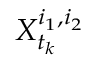
X _ { t _ { k } } ^ { i _ { 1 } , i _ { 2 } }